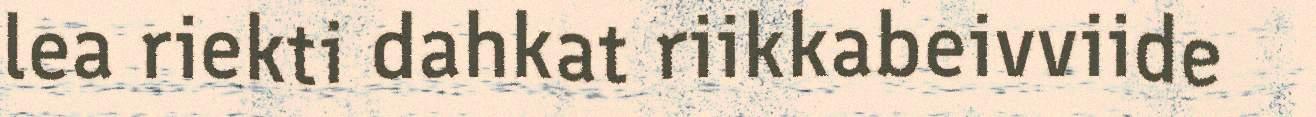
lea riekti dahkat riikkabeivviide